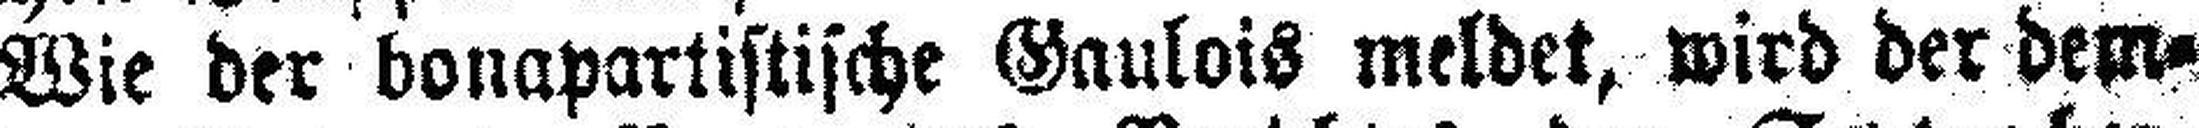
Wie der bonapartistische Gaulois meldet, wird der dem¬